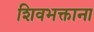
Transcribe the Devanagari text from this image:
शिवभक्ताना